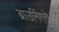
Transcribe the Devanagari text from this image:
ब्राउनिंगचे